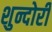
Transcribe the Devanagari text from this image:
शुन्दोरी